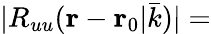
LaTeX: |R_{uu}({\mathbf{r}}-{{\mathbf{r}}}_{0}|\bar{k})|=